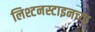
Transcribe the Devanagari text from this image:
लिश्टनस्टाइनच्या